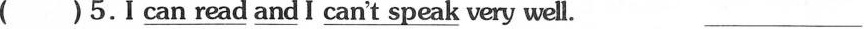
( )5.I \underline{can read and} I \underline{can't_ speak} very well. ___